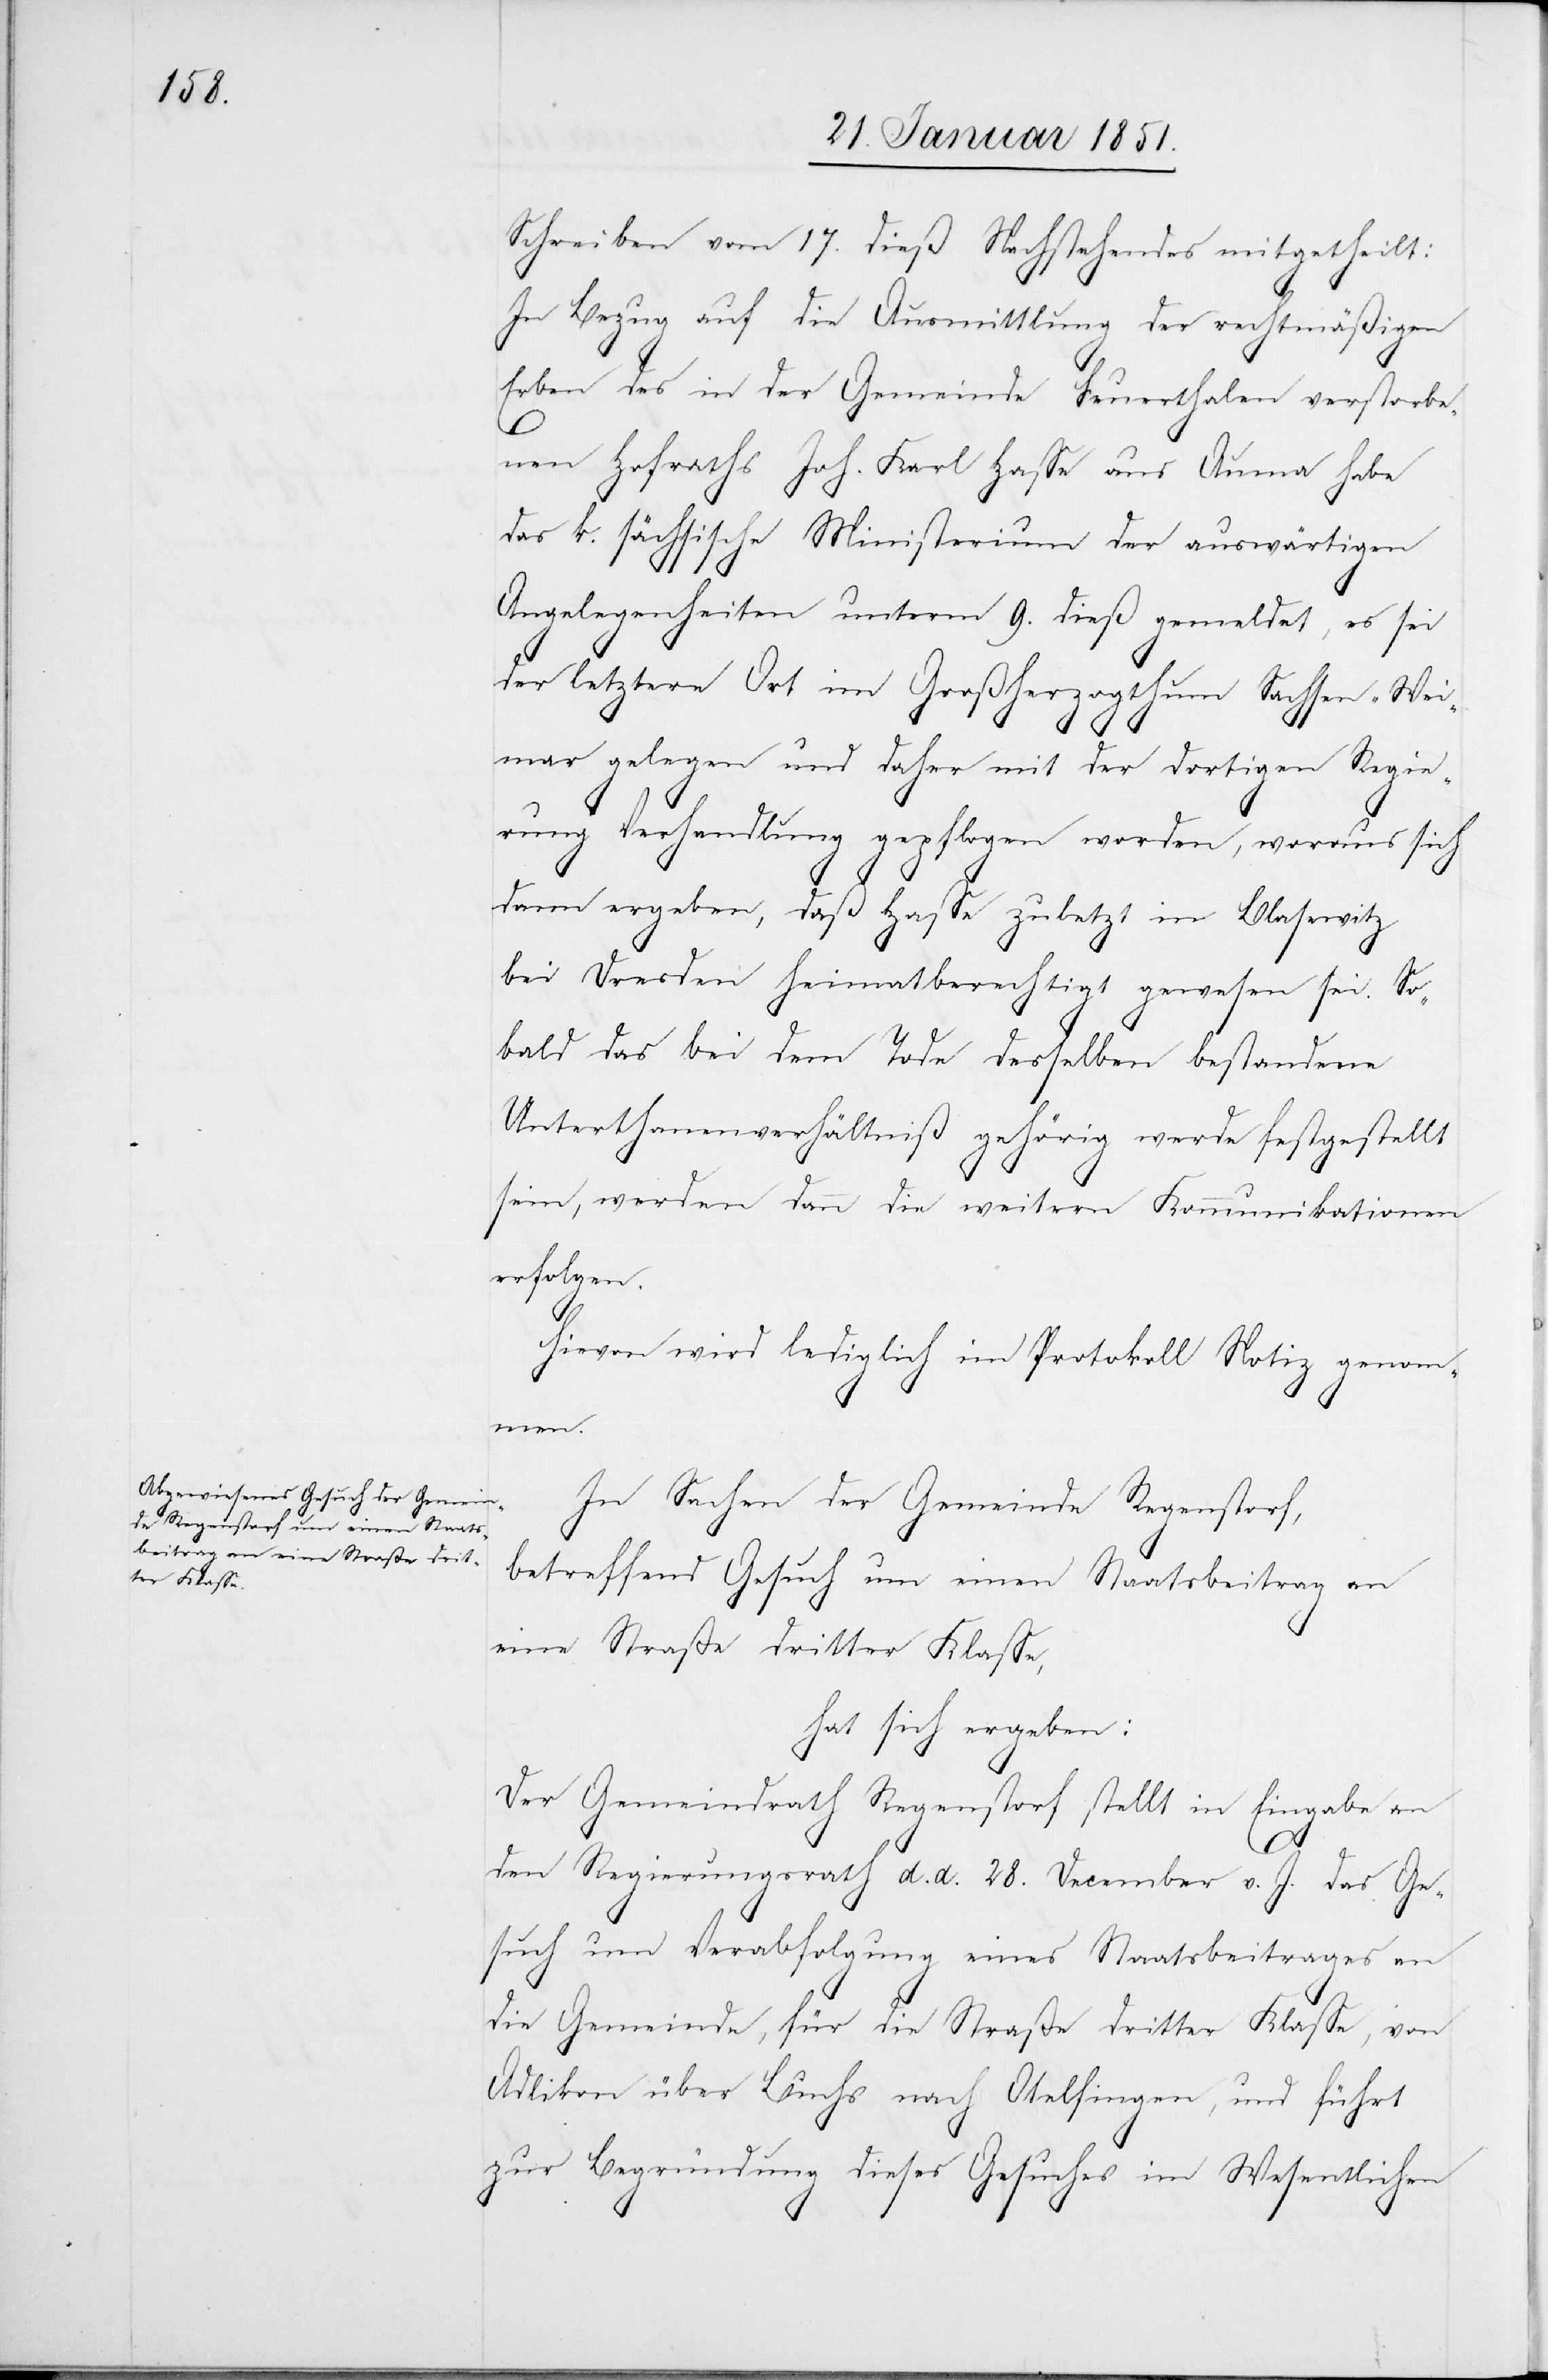
Schreiben vom 17. dieß Nachstehendes mitgetheilt:
In Bezug auf die Ausmittlung der rechtmäßigen
Erben des in der Gemeinde Feuerthalen verstorbe¬
nen Hofraths Joh. Karl Hasse aus Auma habe
das k. sächsische Ministerium der auswärtigen
Angelegenheiten unterm 9. dieß gemeldet, es sei
der letztere Ort im Großherzogthum Sachsen-Wei¬
mar gelegen und daher mit der dortigen Regie¬
rung Verhandlung gepflogen worden, woraus sich
dann ergeben, daß Hasse zuletzt in Blasewitz
bei Dresden heimatberechtigt gewesen sei. So¬
bald das bei dem Tode desselben bestandene
Unterthanenverhältniß gehörig werde festgestellt
sein, werden dann die weitern Kommunikationen
erfolgen.
Hievon wird lediglich im Protokoll Notiz genomm¬
en.
In Sachen der Gemeinde Regenstorf,
betreffend Gesuch um einen Staatsbeitrag an
eine Straße dritter Klasse,
hat sich ergeben:
Der Gemeindrath Regenstorf stellt in Eingabe an
den Regierungsrath d. d. 28. December v. J. das Ge¬
such um Verabfolgung eines Staatsbeitrages an
die Gemeinde, für die Straße dritter Klasse, von
Adlikon über Buchs nach Otelfingen, und führt
zur Begründung dieses Gesuches im Wesentlichen